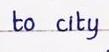
to city